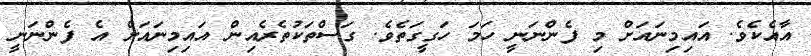
އާއެކެވެ. އައިމިނައަށް މި ފެންނަނީ ހަމަ ހަގީގަތެވެ. ގަސްތަކުތެރެއިން އައިމިނައަށް އެ ފެންނަނީ